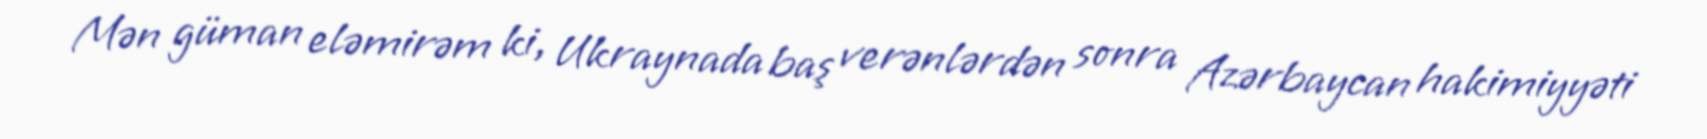
Mən güman eləmirəm ki, Ukraynada baş verənlərdən sonra Azərbaycan hakimiyyəti